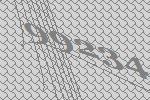
99234